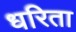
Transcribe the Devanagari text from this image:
धरिता